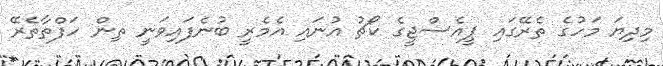
މިދިޔަ މަހުގެ ތެރޭގައި ޕީއެސްޖީގެ ކޯޗު އުނައި އެމެރީ ބުނެފައިވަނީ ތިން ހަފްތާތެރޭ